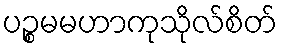
ပဉ္စမမဟာကုသိုလ်စိတ်